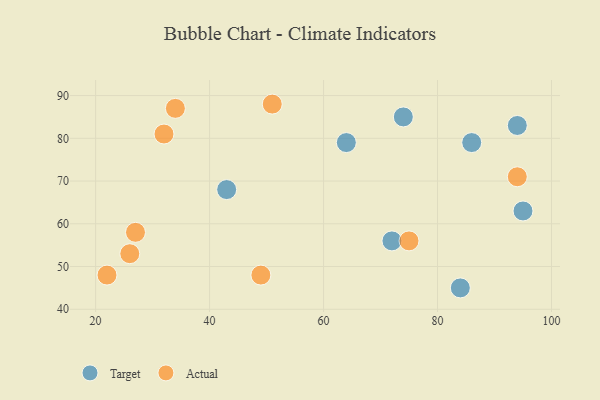
{"axis": {"x": "GDP", "y": "Life Expectancy"}, "legend": ["Actual", "Target"], "data": [{"x": "95", "y": 63, "type": "Target"}, {"x": "86", "y": 79, "type": "Target"}, {"x": "72", "y": 56, "type": "Target"}, {"x": "43", "y": 68, "type": "Target"}, {"x": "94", "y": 83, "type": "Target"}, {"x": "84", "y": 45, "type": "Target"}, {"x": "74", "y": 85, "type": "Target"}, {"x": "64", "y": 79, "type": "Target"}, {"x": "22", "y": 48, "type": "Actual"}, {"x": "34", "y": 87, "type": "Actual"}, {"x": "94", "y": 71, "type": "Actual"}, {"x": "27", "y": 58, "type": "Actual"}, {"x": "51", "y": 88, "type": "Actual"}, {"x": "49", "y": 48, "type": "Actual"}, {"x": "75", "y": 56, "type": "Actual"}, {"x": "26", "y": 53, "type": "Actual"}, {"x": "32", "y": 81, "type": "Actual"}]}